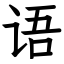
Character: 语